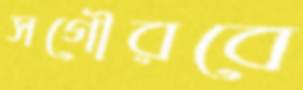
সগৌরবে